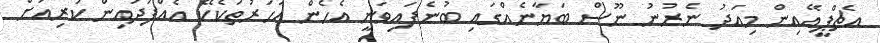
އެޗްޕީއޭއިން މިއަދު ނެރުނު ނޫސް ބަޔާނެއްގައި ބުނެފައިވަނީ އެހެން އަހަރުތަކެކޭ އެއްފަދައިން ކުރިއަށް